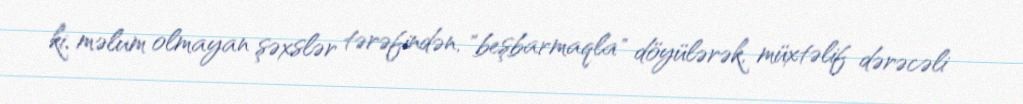
ki, məlum olmayan şəxslər tərəfindən, "beşbarmaqla" döyülərək, müxtəlif dərəcəli